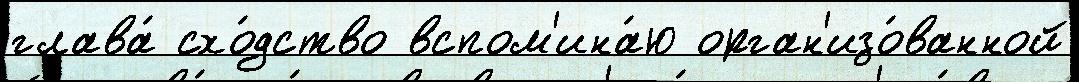
глава́ схо́дство вспом'ина́ю орган'изо́ванной